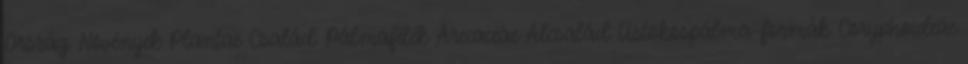
Ország: Növények Plantae Család: Pálmafélék Arecaceae Alcsalád: Üstököspálma-formák Coryphoideae